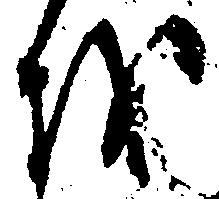
を